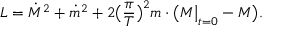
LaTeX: L = { \dot { M } } ^ { 2 } + { \dot { m } } ^ { 2 } + 2 \bigl ( \frac { \pi } { T } \bigr ) ^ { 2 } m \cdot \bigl ( M \big \vert _ { t = 0 } - M \bigr ) .